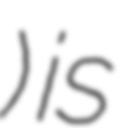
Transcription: ) is